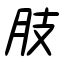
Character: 肢